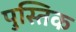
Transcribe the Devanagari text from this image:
पुस्तिक